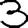
Digit: 3